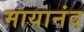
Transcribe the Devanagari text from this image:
मायानंद